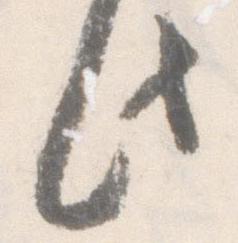
此